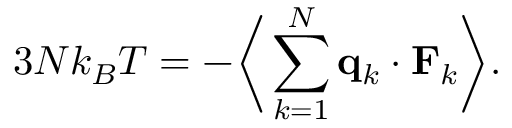
3 N k _ { B } T = - { \biggl \langle } \sum _ { k = 1 } ^ { N } \mathbf { q } _ { k } \cdot \mathbf { F } _ { k } { \biggr \rangle } .